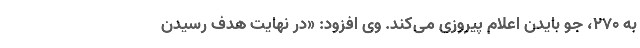
به ۲۷۰، جو بایدن اعلام پیروزی می‌کند. وی افزود: «در نهایت هدف رسیدن